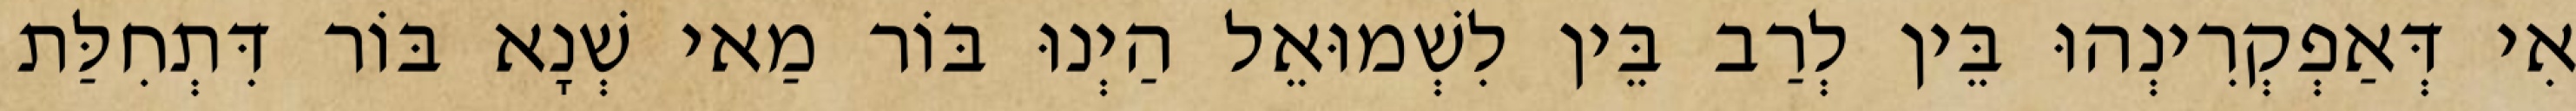
אִי דְּאַפְקְרִינְהוּ בֵּין לְרַב בֵּין לִשְׁמוּאֵל הַיְנוּ בּוֹר מַאי שְׁנָא בּוֹר דִּתְחִלַּת